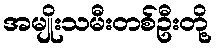
အမျိုးသမီးတစ်ဦးတို့